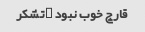
قارچ خوب نبود …تشکر